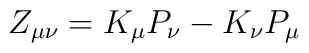
Z_{\mu\nu} = K_{\mu} P_{\nu} - K_{\nu} P_{\mu}